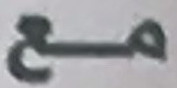
مع